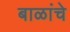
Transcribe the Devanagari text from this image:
बाळांचे